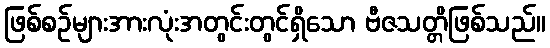
ဖြစ်စဉ်များအားလုံးအတွင်းတွင်ရှိသော ဗီဇသတ္တိဖြစ်သည်။